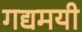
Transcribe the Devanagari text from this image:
गद्यमयी